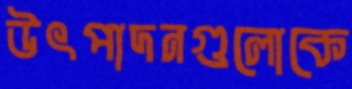
উৎপাদনগুলোকে